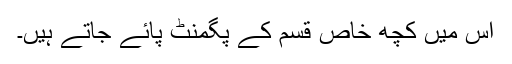
اس میں کچھ خاص قسم کے پگمنٹ پائے جاتے ہیں۔